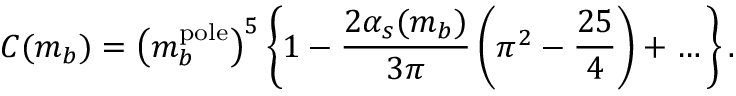
C ( m _ { b } ) = \big ( m _ { b } ^ { \mathrm { p o l e } } \big ) ^ { 5 } \, \bigg \{ 1 - { \frac { 2 \alpha _ { s } ( m _ { b } ) } { 3 \pi } } \, \bigg ( \pi ^ { 2 } - { \frac { 2 5 } { 4 } } \bigg ) + \ldots \bigg \} \, .